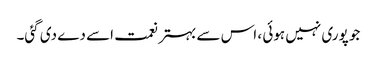
جو پوری نہیں ہوئی ، اس سے بہتر نعمت اسے دے دی گئی۔